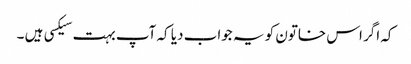
کہ اگر اس خاتون کو یہ جواب دیا کہ آپ بہت سیکسی ہیں ۔